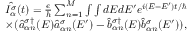
\begin{array} { r } { \hat { I _ { \alpha } ^ { \sigma } } ( t ) = \frac { e } { h } \sum _ { n = 1 } ^ { M } \int \int d E d E ^ { \prime } e ^ { i ( E - E ^ { \prime } ) t / \hbar } } \\ { \times ( \hat { a } _ { \alpha n } ^ { \sigma \dagger } ( E ) \hat { a } _ { \alpha n } ^ { \sigma } ( E ^ { \prime } ) - \hat { b } _ { \alpha n } ^ { \sigma \dagger } ( E ) \hat { b } _ { \alpha n } ^ { \sigma } ( E ^ { \prime } ) ) , } \end{array}